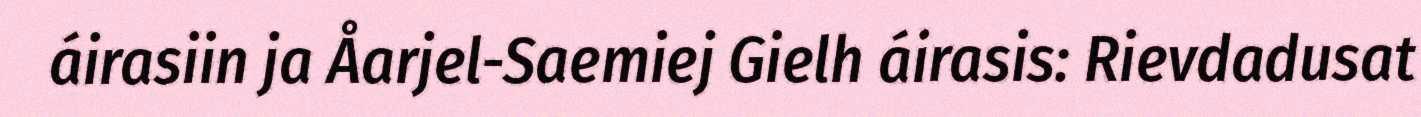
áirasiin ja Åarjel-Saemiej Gielh áirasis: Rievdadusat